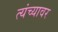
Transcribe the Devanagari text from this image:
त्यंच्यावर